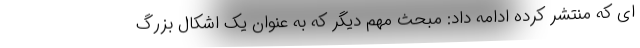
ای که منتشر کرده ادامه داد: مبحث مهم دیگر که به عنوان یک اشکال بزرگ